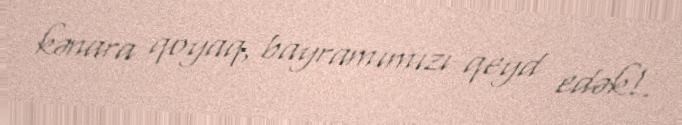
kənara qoyaq, bayramımızı qeyd edək!.